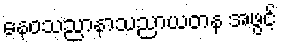
နေဝသညာနာသညာယတန အဖွင့်